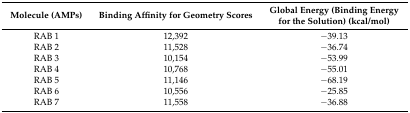
<table><thead><tr><td><b>Molecule (AMPs)</b></td><td><b>Binding Affinity for Geometry Scores</b></td><td><b>Global Energy (Binding Energy for the Solution) (kcal/mol)</b></td></tr></thead><tbody><tr><td>RAB 1</td><td>12,392</td><td>−39.13</td></tr><tr><td>RAB 2</td><td>11,528</td><td>−36.74</td></tr><tr><td>RAB 3</td><td>10,154</td><td>−53.99</td></tr><tr><td>RAB 4</td><td>10,768</td><td>−55.01</td></tr><tr><td>RAB 5</td><td>11,146</td><td>−68.19</td></tr><tr><td>RAB 6</td><td>10,556</td><td>−25.85</td></tr><tr><td>RAB 7</td><td>11,558</td><td>−36.88</td></tr></tbody></table>